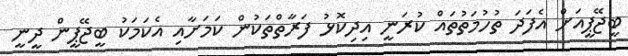
ބީޖޭޕީއަށް އެފަދަ ތުހުމަތުތައް ކުރަނީ އިދިކޮޅު ފަރާތްތަކުން ކަމަށާއި އެކަމަކު ބީޖޭޕީން ދީނީ